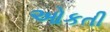
ઓકતી